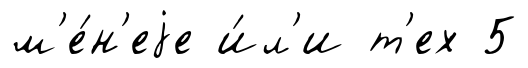
м'е́н'еjе и́л'и т'ех 5